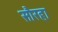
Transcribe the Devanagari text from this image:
सौरहा